Plague in India, 1896, 1897 - Volume 1
Year: 1896
Disease focus: Plague
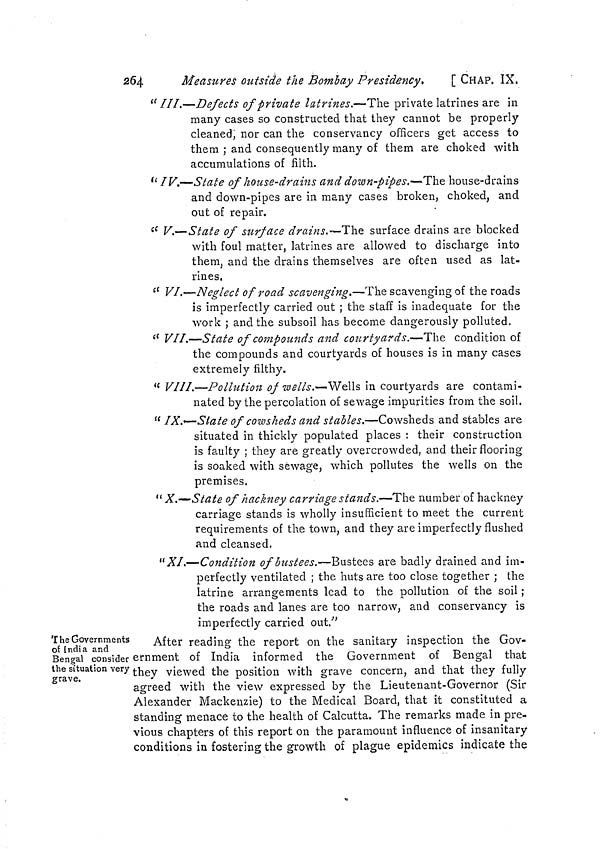
264
Measures outside the Bombay Presidency.
[ CHAP. IX.
"III.—Defects of private latrines.—The private latrines are in
many cases so constructed that they cannot be properly
cleaned, nor can the conservancy officers get access to
them ; and consequently many of them are choked with
accumulations of filth.
" IV.—State of house-drains and down-pipes.—The house-drains
and down-pipes are in many cases broken, choked, and
out of repair.
" V.—State of surface drains.—The surface drains are blocked
with foul matter, latrines are allowed to discharge into
them, and the drains themselves are often used as lat-
rines.
" VI.—Neglect of road scavenging.—The scavenging of the roads
is imperfectly carried out ; the staff is inadequate for the
work ; and the subsoil has become dangerously polluted.
" VII.—State of compounds and courtyards.-—The condition of
the compounds and courtyards of houses is in many cases
extremely filthy.
" VIII.—Pollution of wells.—Wells in courtyards are contami-
nated by the percolation of sewage impurities from the soil.
" IX.—-State of cowsheds and stables.—Cowsheds and stables are
situated in thickly populated places : their construction
is faulty ; they are greatly overcrowded, and their flooring
is soaked with sewage, which pollutes the wells on the
premises.
" X.—-State of hackney carriage stands.—The number of hackney
carriage stands is wholly insufficient to meet the current
requirements of the town, and they are imperfectly flushed
and cleansed.
"XI.—Condition of bustees.—Bustees are badly drained and im-
perfectly ventilated ; the huts are too close together ; the
latrine arrangements lead to the pollution of the soil ;
the roads and lanes are too narrow, and conservancy is
imperfectly carried out."
The Governments
of India and
Bengal consider
the situation very
grave.
After reading the report on the sanitary inspection the Gov-
ernment of India informed the Government of Bengal that
they viewed the position with grave concern, and that they fully
agreed with the view expressed by the Lieutenant-Governor (Sir
Alexander Mackenzie) to the Medical Board, that it constituted a
standing menace to the health of Calcutta. The remarks made in pre-
vious chapters of this report on the paramount influence of insanitary
conditions in fostering the growth of plague epidemics indicate the